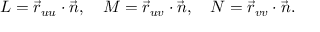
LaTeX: L = { \vec { r } } _ { u u } \cdot { \vec { n } } , \quad M = { \vec { r } } _ { u v } \cdot { \vec { n } } , \quad N = { \vec { r } } _ { v v } \cdot { \vec { n } } . \quad